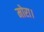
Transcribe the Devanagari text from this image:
मोरा।